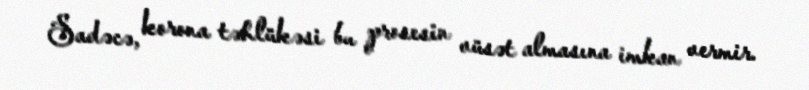
Sadəcə, korona təhlükəsi bu prosesin vüsət almasına imkan vermir.